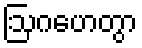
ဩဂဟေတွာ